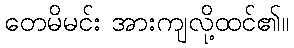
တေမိမင်း အားကျလို့ထင်၏။